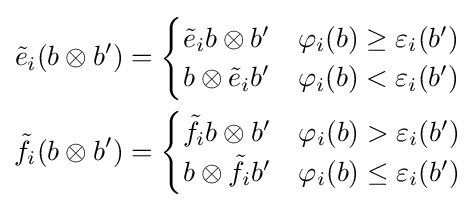
{\begin{aligned}{\tilde {e}}_{i}(b\otimes b')&={\begin{cases}{\tilde {e}}_{i}b\otimes b'&\varphi _{i}(b)\geq \varepsilon _{i}(b')\\b\otimes {\tilde {e}}_{i}b'&\varphi _{i}(b)<\varepsilon _{i}(b')\end{cases}}\\{\tilde {f}}_{i}(b\otimes b')&={\begin{cases}{\tilde {f}}_{i}b\otimes b'&\varphi _{i}(b)>\varepsilon _{i}(b')\\b\otimes {\tilde {f}}_{i}b'&\varphi _{i}(b)\leq \varepsilon _{i}(b')\end{cases}}\end{aligned}}